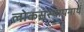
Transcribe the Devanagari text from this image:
लोकसंस्थापनार्थ